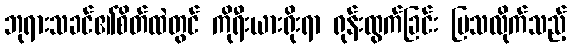
ဘုရားသခင်၏စိတ်ထဲတွင် ကိုရီးယားရိုးရာ ရုန်းထွက်ခြင်း ပြသလိုက်သည့်